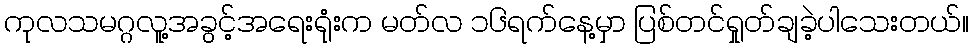
ကုလသမဂ္ဂလူ့အခွင့်အရေးရုံးက မတ်လ ၁၆ရက်နေ့မှာ ပြစ်တင်ရှုတ်ချခဲ့ပါသေးတယ်။